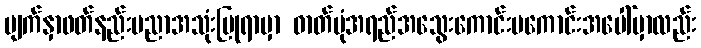
မျက်နှာဖတ်နည်းပညာအသုံးပြုရာမှာ ဓာတ်ပုံအရည်အသွေးကောင်းမကောင်းအပေါ်မှာလည်း